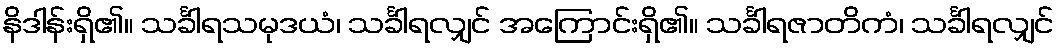
နိဒါန်းရှိ၏။ သင်္ခါရသမုဒယံ၊ သင်္ခါရလျှင် အကြောင်းရှိ၏။ သင်္ခါရဇာတိကံ၊ သင်္ခါရလျှင်